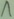
Text: 1